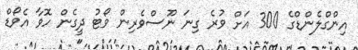
އިންގްލެންޑްގެ 300 އަށް ވުރެ ގިނަ ނޫސްވެރިން ވޯޓު ދީގެން ހޮވާ އެވޯޑް